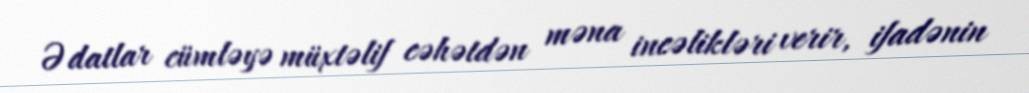
Ədatlar cümləyə müxtəlif cəhətdən məna incəlikləri verir, ifadənin